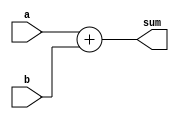
`timescale 1ns / 1ps
//////////////////////////////////////////////////////////////////////////////////
// Company: 
// Engineer: 
// 
// Design Name: 
// Module Name: adder
// Project Name: 
// Target Devices: 
// Tool Versions: 
// Description: 
// 
// Dependencies: 
// 
// Revision:
// Revision 0.01 - File Created
// Additional Comments:
// 
//////////////////////////////////////////////////////////////////////////////////


module adder(a,b,sum);
input [31:0] a,b;
output [32:0] sum;

assign sum = a + b;
endmodule